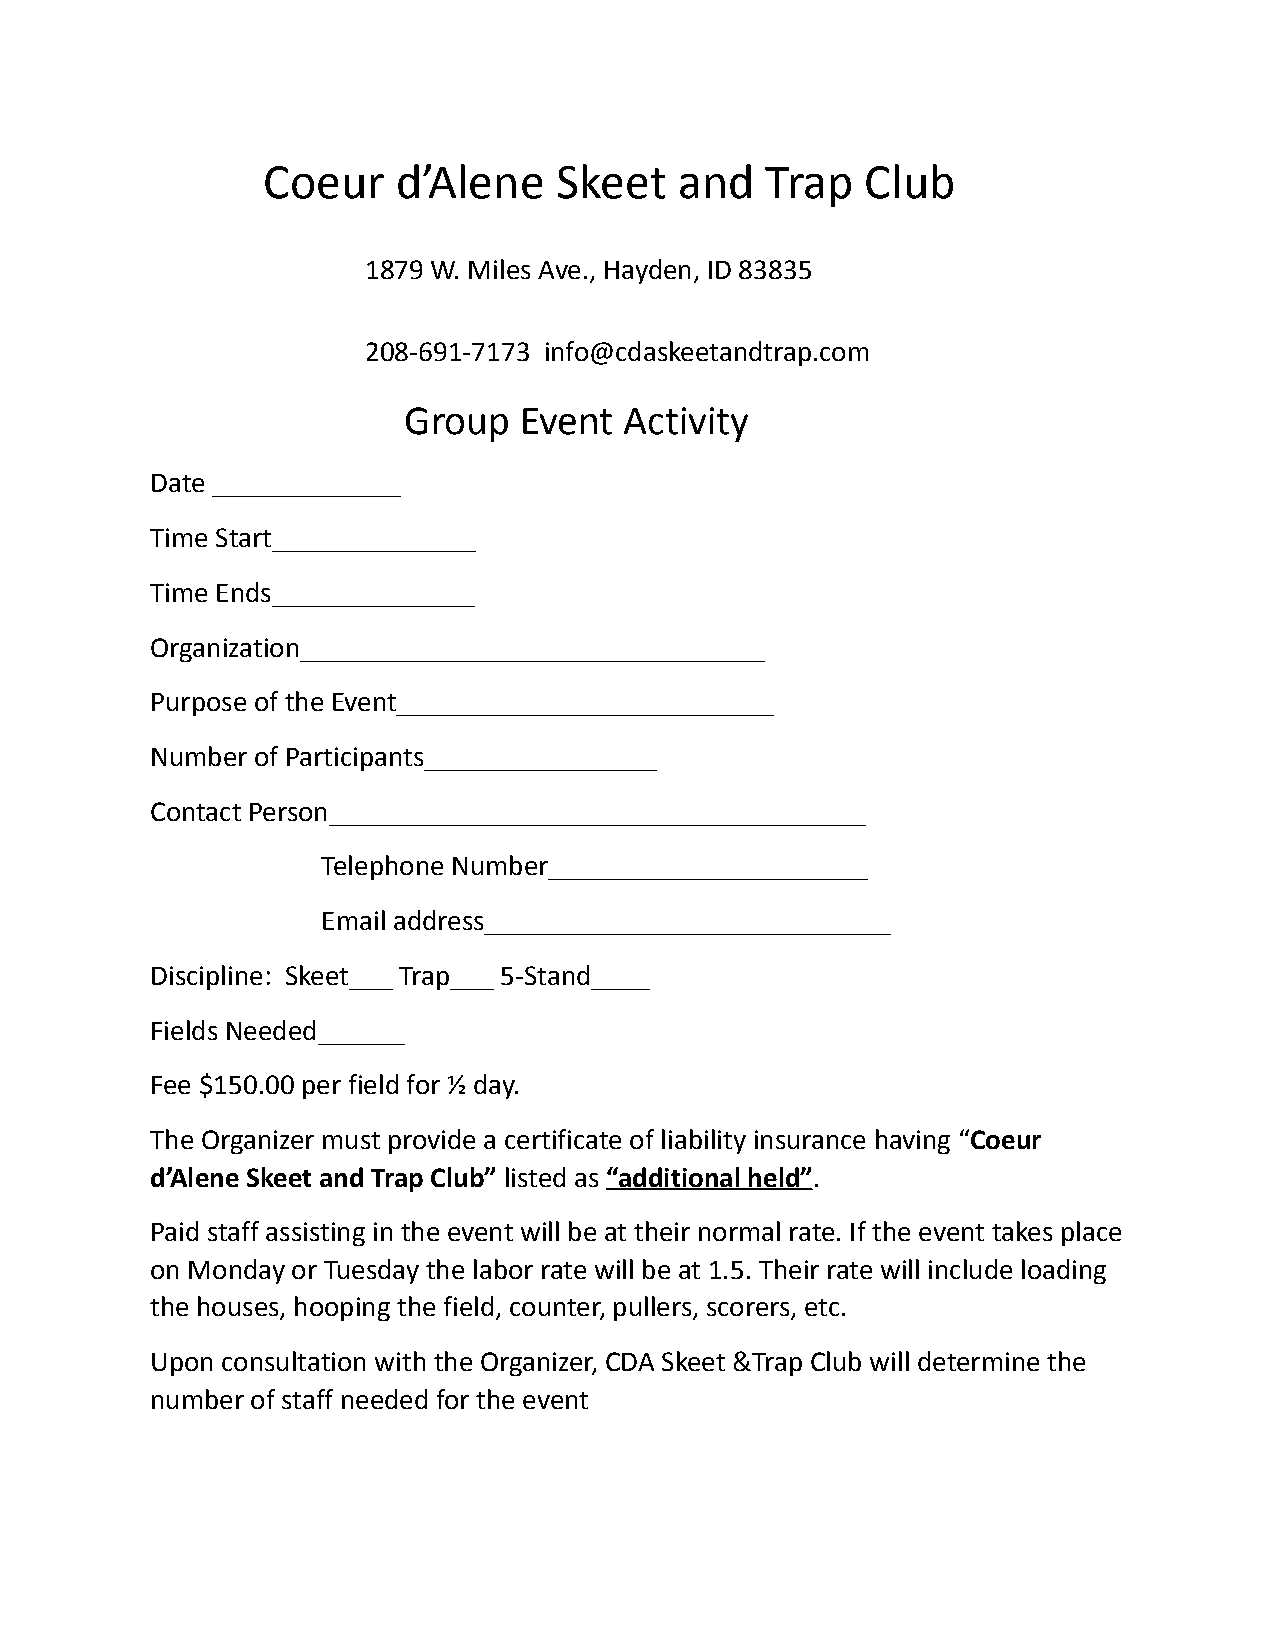
Coeur    d’Alene    Skeet   and   Trap  Club
 1879 W. Miles Ave., Hayden, ID 83835
 208-691-7173 info@cdaskeetandtrap.com
 Group  Event  Activity
 Date _____________
 Time Start______________
 Time Ends______________
 Organization________________________________
 Purpose of the Event__________________________
 Number of Participants________________
 Contact Person_____________________________________
 Telephone Number______________________
 Email address____________________________
 Discipline: Skeet___ Trap___ 5-Stand____
 Fields Needed______
 Fee $150.00 per field for ½ day.
 The Organizer must provide a certificate of liability insurance having “Coeur
 d’Alene Skeet and Trap Club” listed as “additional held”.
 Paid staff assisting in the event will be at their normal rate. If the event takes place
 on Monday or Tuesday the labor rate will be at 1.5. Their rate will include loading
 the houses, hooping the field, counter, pullers, scorers, etc.
 Upon consultation with the Organizer, CDA Skeet &Trap Club will determine the
 number of staff needed for the event